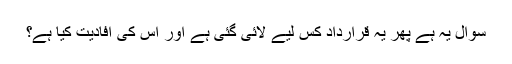
سوال یہ ہے پھر یہ قرارداد کس لیے لائی گئی ہے اور اس کی افادیت کیا ہے؟